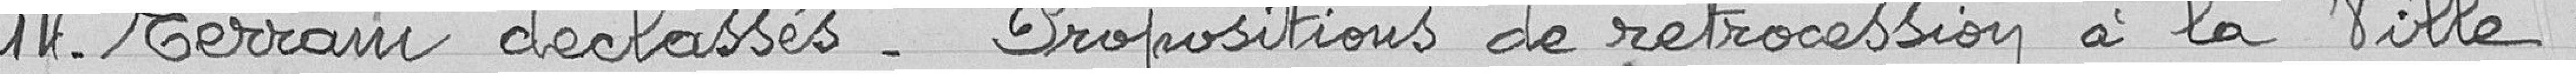
14- Terrains déclassés - Proposition de rétrocession à la Ville